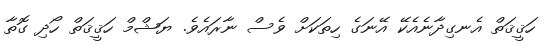
ހަޤީޤަތް އެނގިދާނެއެކޭ އޭނަގެ ހިތަކަށް ވެސް ނާރައެވެ. ޔަޝްމް ހަޤީޤަތް ހޯދި ގޮތާ